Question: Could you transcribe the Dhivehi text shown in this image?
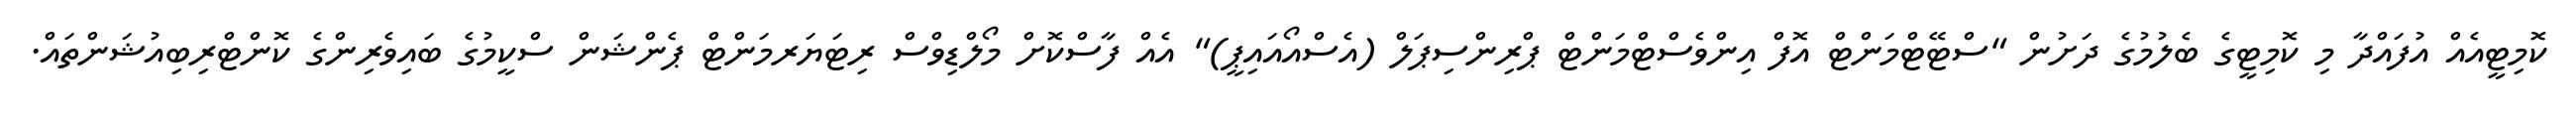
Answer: ކޮމިޓީއެއް އުފައްދާ މި ކޮމިޓީގެ ބެލުމުގެ ދަށުން "ސްޓޭޓްމަންޓް އޮފް އިންވެސްޓްމަންޓް ޕްރިންސިޕަލް (އެސްއޯއައިޕީ)" އެއް ފާސްކޮށް މޯލްޑިވްސް ރިޓަޔަރމަންޓް ޕެންޝަން ސްކީމުގެ ބައިވެރިންގެ ކޮންޓްރިބިއުޝަންތައް.